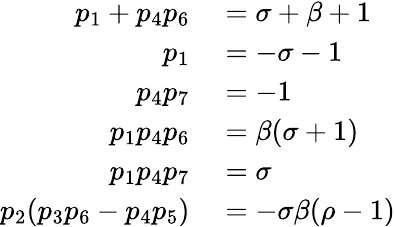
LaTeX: \begin{array}{rl}{p_{1}+p_{4}p_{6}}&{{}=\sigma+\beta+1}\\ {p_{1}}&{{}=-\sigma-1}\\ {p_{4}p_{7}}&{{}=-1}\\ {p_{1}p_{4}p_{6}}&{{}=\beta(\sigma+1)}\\ {p_{1}p_{4}p_{7}}&{{}=\sigma}\\ {p_{2}(p_{3}p_{6}-p_{4}p_{5})}&{{}=-\sigma\beta(\rho-1)}\end{array}